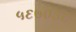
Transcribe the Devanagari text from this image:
५६७०३८